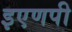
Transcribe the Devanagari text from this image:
इएणपी